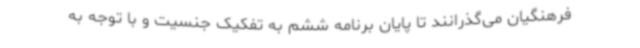
فرهنگیان می‌گذرانند تا پایان برنامه ششم به تفکیک جنسیت و با توجه به